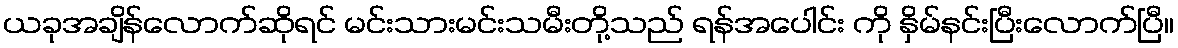
ယခုအချိန်လောက်ဆိုရင် မင်းသားမင်းသမီးတို့သည် ရန်အပေါင်း ကို နှိမ်နင်းပြီးလောက်ပြီ။